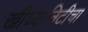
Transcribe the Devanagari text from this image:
ख्रीच्यानिटीचा